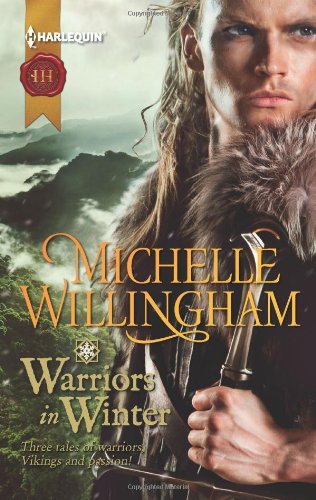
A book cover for Warriors in Winter: In the Bleak Midwinter / The Holly and the Viking / A Season to Forgive (MacEgan Brothers, Book 7); Michelle Willingham; Romance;